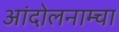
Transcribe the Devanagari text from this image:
आंदोलनाम्चा